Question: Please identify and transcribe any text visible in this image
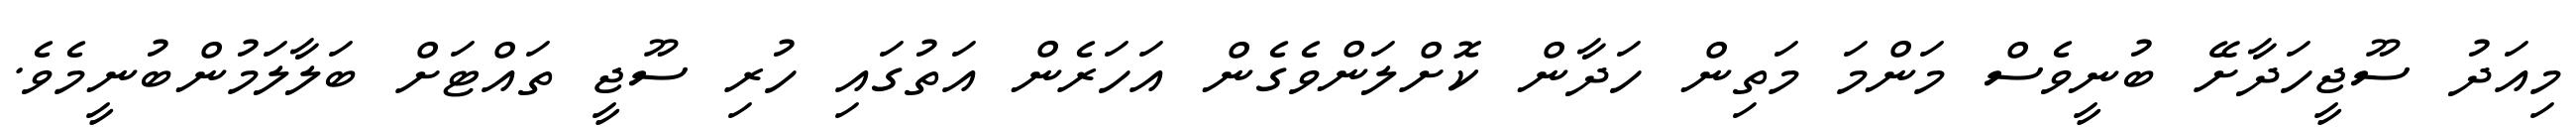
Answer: މިއަދު ސޫޖީހަދާށޭ ބުނީވެސް މަންމަ މަތިން ހަދާން ކޮށްލަންވެގެން އަހަރެން އަތުގައި ހުރި ސޫޖީ ތައްޓަށް ބަލާލަމުންބުނީމެވެ.